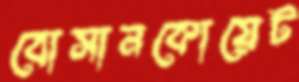
বোসানকোয়েট